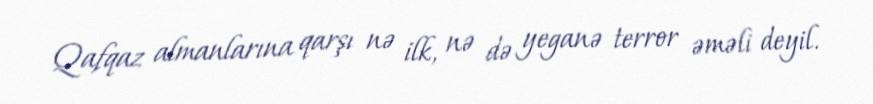
Qafqaz almanlarına qarşı nə ilk, nə də yeganə terror əməli deyil.